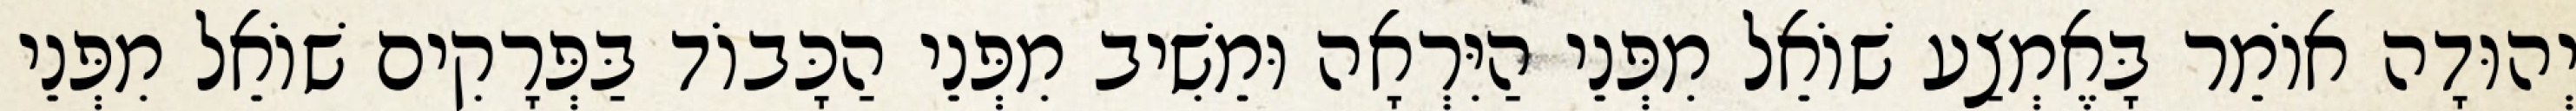
יְהוּדָה אוֹמֵר בָּאֶמְצַע שׁוֹאֵל מִפְּנֵי הַיִּרְאָה וּמֵשִׁיב מִפְּנֵי הַכָּבוֹד בַּפְּרָקִים שׁוֹאֵל מִפְּנֵי